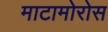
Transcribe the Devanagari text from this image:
माटामोरोस